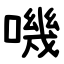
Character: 嘰